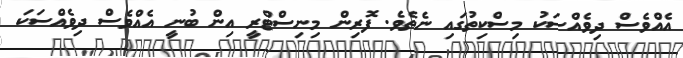
އެއްވެސް ދިވެއްސަކު މިސްކިތުގައި ނެތެވެ. ފޮރިން މިނިސްޓްރީ އިން ބުނީ އެއްވެސް ދިވެއްސަކަ